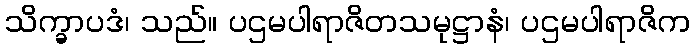
သိက္ခာပဒံ၊ သည်။ ပဌမပါရာဇိတသမုဋ္ဌာနံ၊ ပဌမပါရာဇိက